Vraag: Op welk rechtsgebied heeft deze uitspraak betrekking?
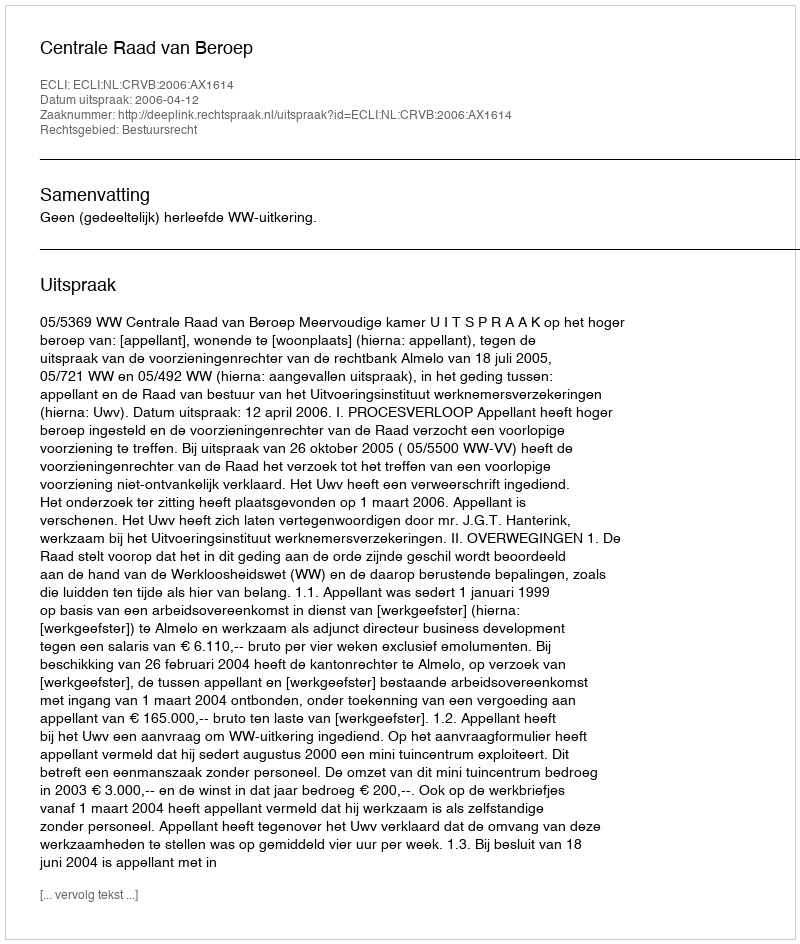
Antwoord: Bestuursrecht